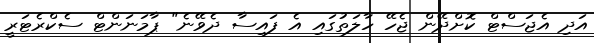
އަދި އެޖަސްޓް ކޮށްދޭން ޖެހޭ ހާލަތުގައި އެ ފައިސާ ދެވޭނެ" ޕާމަަނަންޓް ސެކްރެޓަރީ